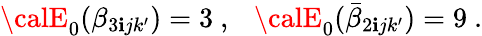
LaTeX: {\calE}_{0}(\beta_{3\mathbf{i}jk^{\prime}})=3~,~~~{\calE}_{0}(\bar{{\beta}}_{2\mathbf{i}jk^{\prime}})=9~.